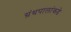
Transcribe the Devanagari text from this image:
ग्रंथपालांकडे